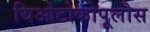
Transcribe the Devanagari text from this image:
थिओटोकोपूलोस